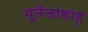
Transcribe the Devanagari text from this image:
मुर्तजाशाह